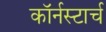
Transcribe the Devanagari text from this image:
कॉर्नस्टार्च